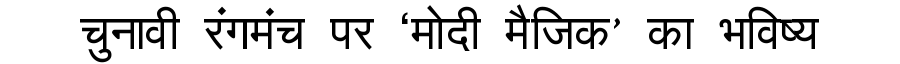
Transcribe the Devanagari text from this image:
चुनावी रंगमंच पर ‘मोदी मैजिक’ का भविष्य